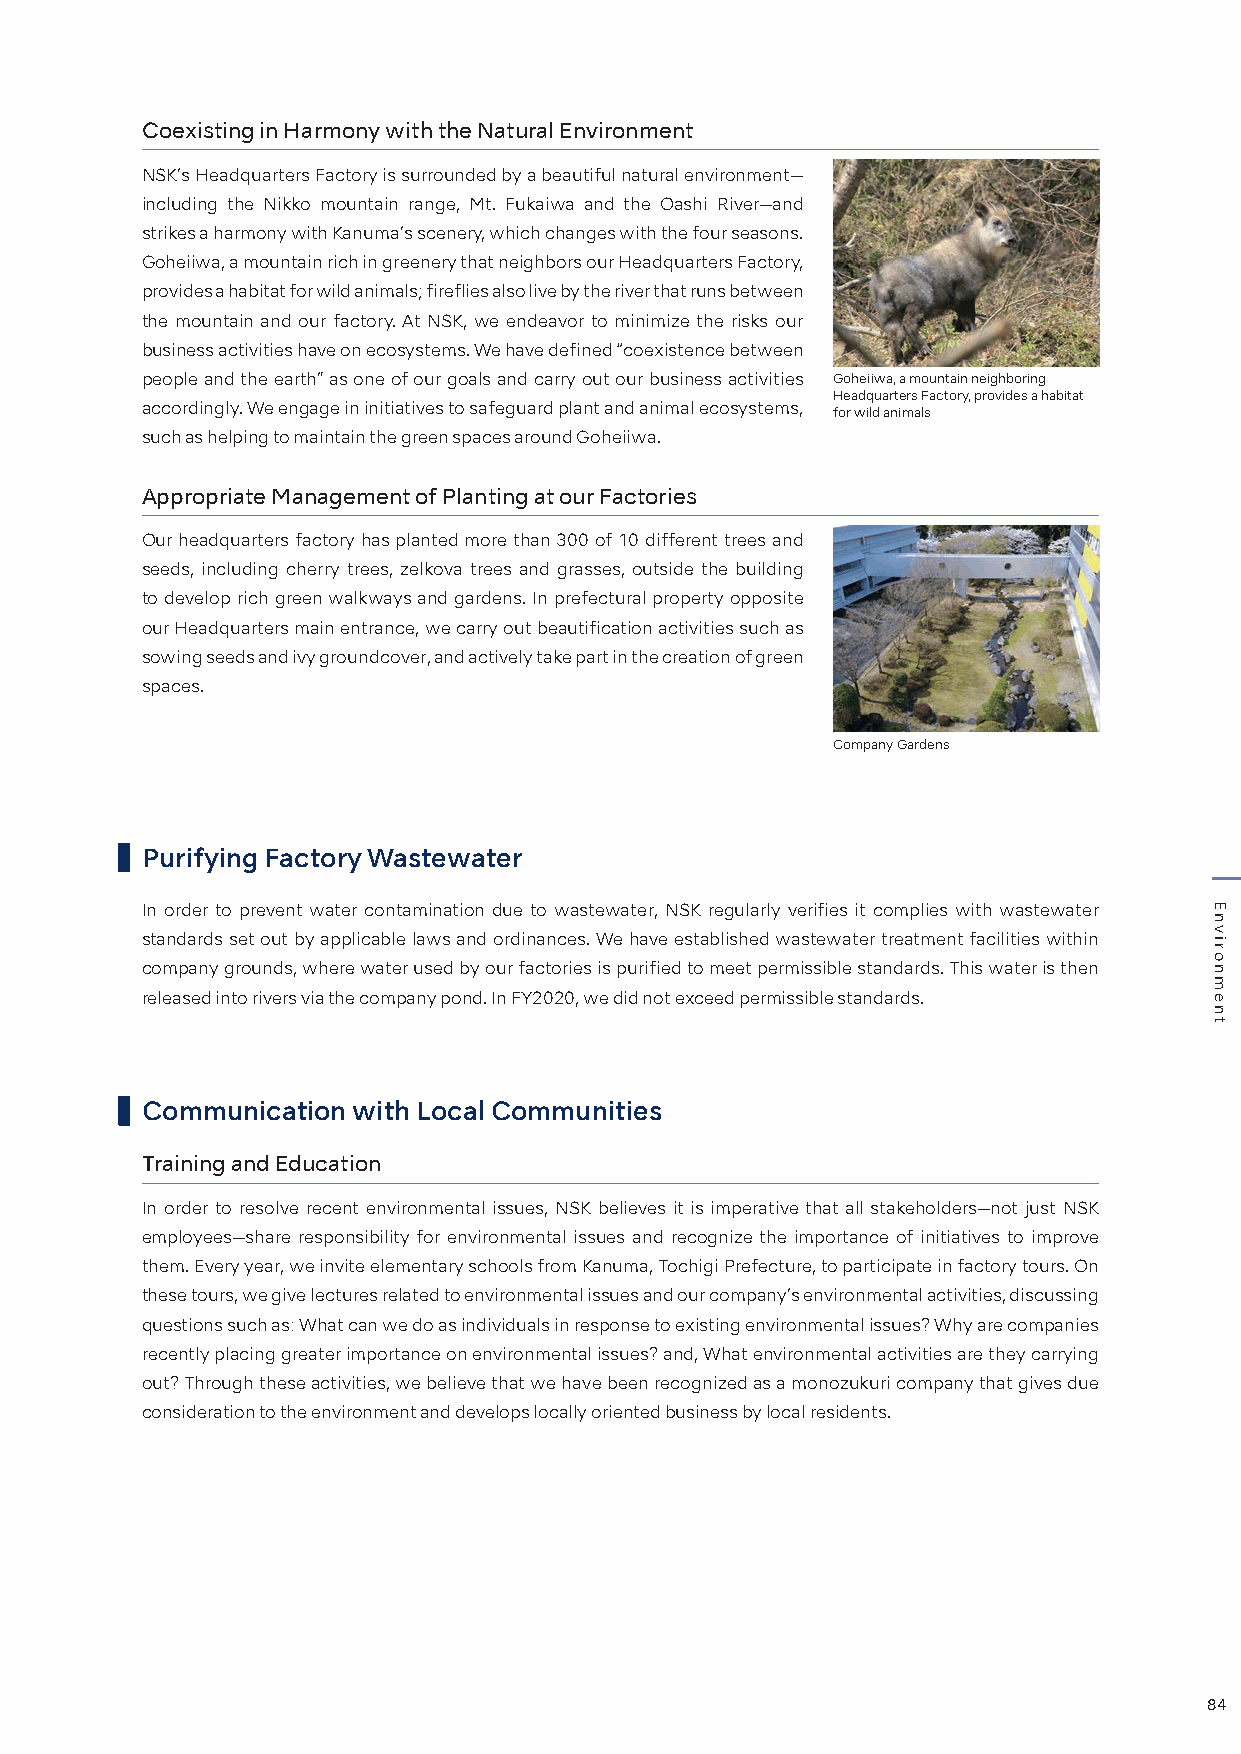
Coexisting in Harmony with the Natural Environment
 NSK’s Headquarters Factory is surrounded by a beautiful natural environment—
 including the Nikko mountain range, Mt. Fukaiwa and the Oashi River—and
 strikes a harmony with Kanuma’s scenery, which changes with the four seasons.
 Goheiiwa, a mountain rich in greenery that neighbors our Headquarters Factory,
 provides a habitat for wild animals; fireflies also live by the river that runs between
 the mountain and our factory. At NSK, we endeavor to minimize the risks our
 business activities have on ecosystems. We have defined “coexistence between
 people and the earth” as one of our goals and carry out our business activities Goheiiwa, a mountain neighboring
 Headquarters Factory, provides a habitat
 accordingly. We engage in initiatives to safeguard plant and animal ecosystems, for wild animals
 such as helping to maintain the green spaces around Goheiiwa.
 Appropriate Management of Planting at our Factories
 Our headquarters factory has planted more than 300 of 10 different trees and
 seeds, including cherry trees, zelkova trees and grasses, outside the building
 to develop rich green walkways and gardens. In prefectural property opposite
 our Headquarters main entrance, we carry out beautification activities such as
 sowing seeds and ivy groundcover, and actively take part in the creation of green
 spaces.
 Company Gardens
 Purifying Factory Wastewater
 In order to prevent water contamination due to wastewater, NSK regularly verifies it complies with wastewater
 standards set out by applicable laws and ordinances. We have established wastewater treatment facilities within
 company grounds, where water used by our factories is purified to meet permissible standards. This water is then
 released into rivers via the company pond. In FY2020, we did not exceed permissible standards.
 Communication with Local Communities
 Training and Education
 In order to resolve recent environmental issues, NSK believes it is imperative that all stakeholders—not just NSK
 employees—share responsibility for environmental issues and recognize the importance of initiatives to improve
 them. Every year, we invite elementary schools from Kanuma, Tochigi Prefecture, to participate in factory tours. On
 these tours, we give lectures related to environmental issues and our company’s environmental activities, discussing
 questions such as: What can we do as individuals in response to existing environmental issues? Why are companies
 recently placing greater importance on environmental issues? and, What environmental activities are they carrying
 out? Through these activities, we believe that we have been recognized as a monozukuri company that gives due
 consideration to the environment and develops locally oriented business by local residents.
 84
 Environment